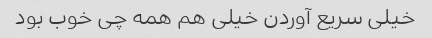
خیلی سریع آوردن خیلی هم همه چی خوب بود